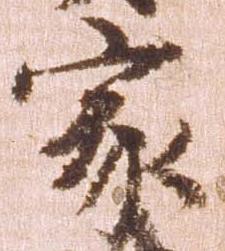
家